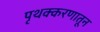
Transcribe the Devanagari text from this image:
पृथक्करणातून